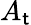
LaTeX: A_{\mathsf{t}}